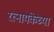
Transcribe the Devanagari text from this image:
रत्नायकेच्या